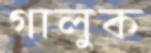
গালুক